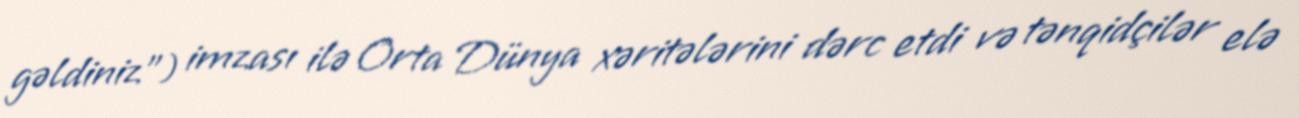
gəldiniz") imzası ilə Orta Dünya xəritələrini dərc etdi və tənqidçilər elə